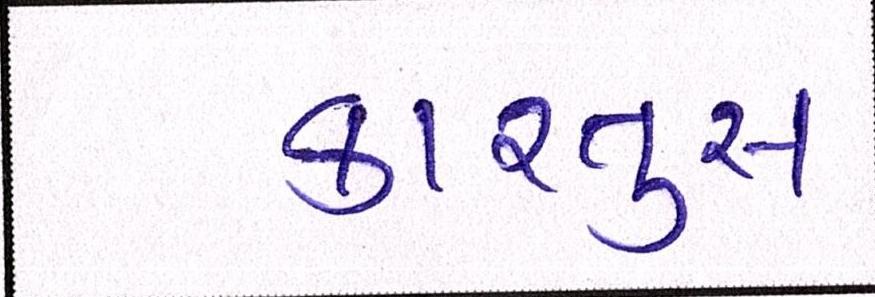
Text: કારતુસ